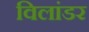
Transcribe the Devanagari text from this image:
विलांडर